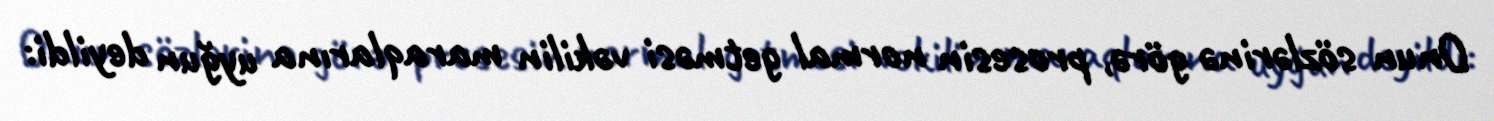
Onun sözlərinə görə, prosesin normal getməsi vəkilin maraqlarına uyğun deyildi: